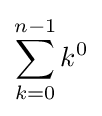
\sum _{k=0}^{n-1}k^{0}